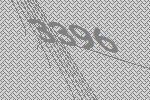
3396